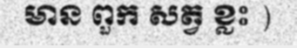
មាន ពួក សត្វ ខ្លះ )